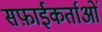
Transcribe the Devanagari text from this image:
सफ़ाईकर्ताओं